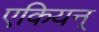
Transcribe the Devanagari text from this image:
एकियन्